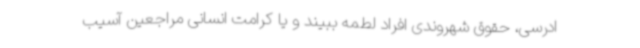
ادرسی، حقوق شهروندی افراد لطمه ببیند و یا کرامت انسانی مراجعین آسیب